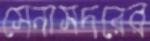
সেনাসদরের